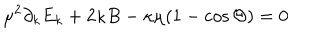
\mu ^ { 2 } \partial _ { k } E _ { k } + 2 \kappa B - \kappa \mu ( 1 - \cos \Theta ) = 0